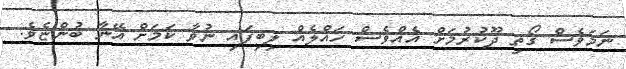
ނަމަވެސް ގޯތި ދޫކުރުމަށް އެއްވެސް ހައްލެއް ލިބިފައި ނުވާ ކަމަށް އޭނާ ބުންޏެވެ.